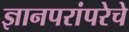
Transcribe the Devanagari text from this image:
ज्ञानपरांपरेचे